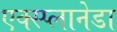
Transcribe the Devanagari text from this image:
एक्स्प्लानेडा